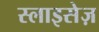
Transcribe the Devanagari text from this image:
स्लाइसेज़